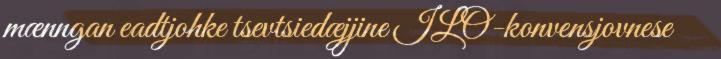
mænngan eadtjohke tsevtsiedæjjine ILO-konvensjovnese